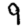
Digit: 9